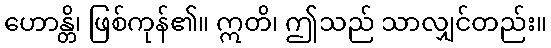
ဟောန္တိ၊ ဖြစ်ကုန်၏။ ဣတိ၊ ဤသည် သာလျှင်တည်း။